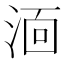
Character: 𭰫